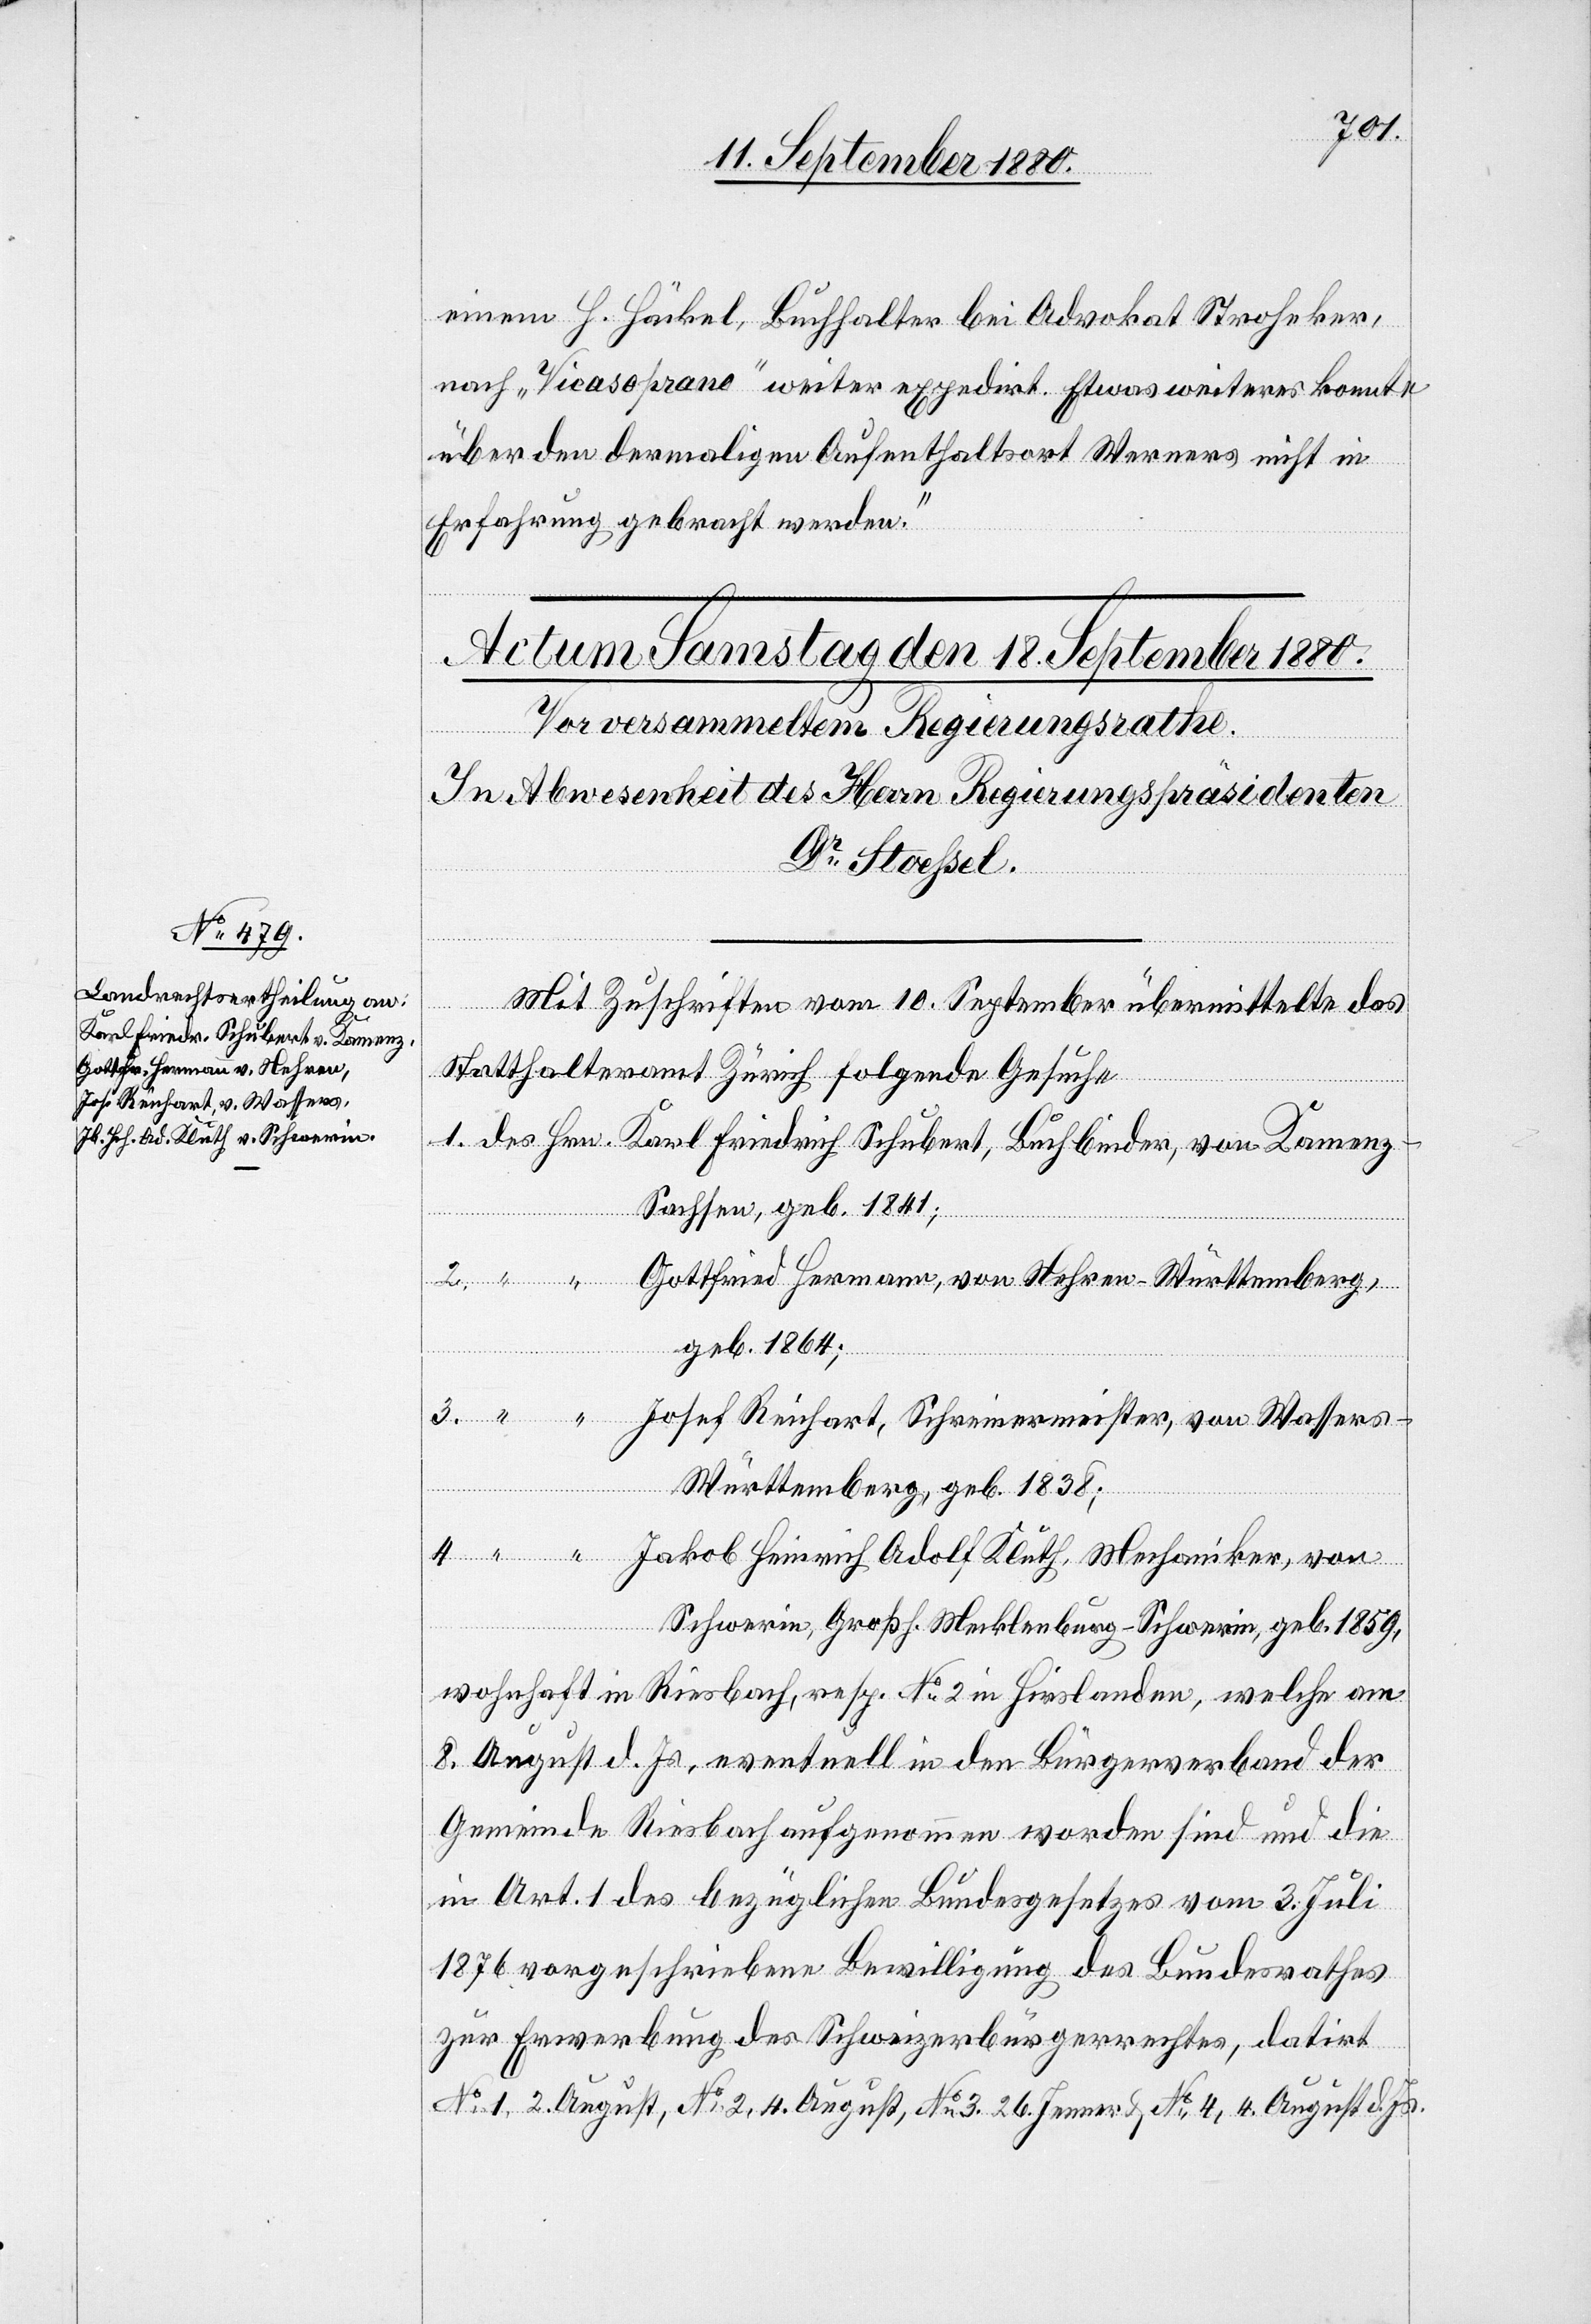
einem H. Häckel, Buchhalter bei Advokat Stroheker,
nach „Vicasoprano“ weiter expedirt. Etwas weiteres konnte
über den dermaligen Aufenthaltsort Werners nicht in
4.
Erfahrung gebracht werden.“
ani¬
Mit Zuschriften vom 10. September übermittelte das
Statthalteramt Zürich folgende Gesuche
“
Sachsen, geb. 1841;
Gottfried Hermann, von Nehren - Württemberg,
geb. 1864;
von
ker,
Württemberg, geb. 1838;
Schwerin, Großh. Mecklenburg - Schwerin, geb. 1859,
wohnhaft in Riesbach, resp. No 2 in Hirslanden, welche am
8. August d. Js., eventuell in den Bürgerverband der
Gemeinde Riesbach aufgenommen worden sind und die
in Art. 1 des bezüglichen Bundesgesetzes vom 3. Juli
1876 vorgeschriebenen Bewilligung des Bundesrathes
zur Erwerbung des Schweizerbürgerrechtes, datirt
No 1, 2. August, No 2, 4. August, No 3, 26. Jenner & No 4, 4. August d. Js.